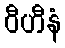
ဝီဟီနံ